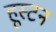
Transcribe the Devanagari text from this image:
हूस्टन